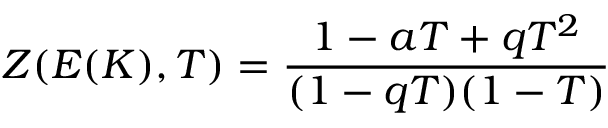
Z ( E ( K ) , T ) = { \frac { 1 - a T + q T ^ { 2 } } { ( 1 - q T ) ( 1 - T ) } }